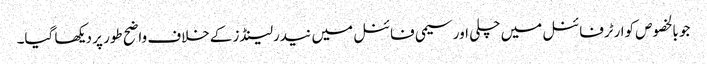
جو بالخصوص کوارٹرفائنل میں چلی اور سیمی فائنل میں نیدرلینڈز کےخلاف واضح طور پر دیکھا گیا۔